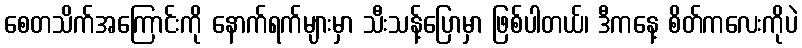
စေတသိက်အကြောင်းကို နောက်ရက်များမှာ သီးသန့်ပြောမှာ ဖြစ်ပါတယ်၊ ဒီကနေ့ စိတ်ကလေးကိုပဲ